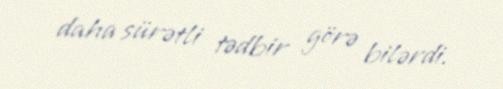
daha sürətli tədbir görə bilərdi.